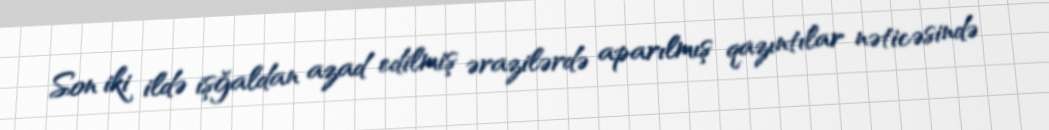
Son iki ildə işğaldan azad edilmiş ərazilərdə aparılmış qazıntılar nəticəsində